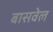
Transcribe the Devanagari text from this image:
बासवेल